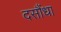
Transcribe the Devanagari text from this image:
दसौंधा